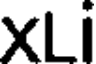
XLi